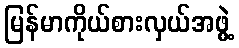
မြန်မာကိုယ်စားလှယ်အဖွဲ့